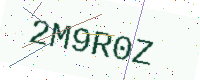
Text: 2M9R0Z